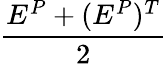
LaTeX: \frac{E^{P}+(E^{P})^{T}}{2}